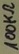
Text: 100KΩ